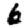
Digit: 6